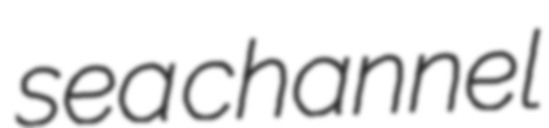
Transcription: sea channel